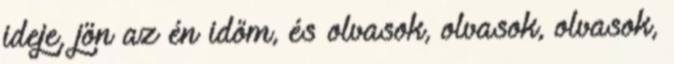
ideje, jön az én időm, és olvasok, olvasok, olvasok,